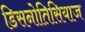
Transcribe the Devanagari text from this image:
डिसनोतिसियाज